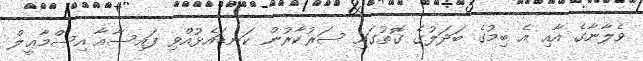
ވެލާނާގެ އާއި އެ ބިމުގެ ބަދަލުގެ ގޮތުގައި ސަރުކާރުން ކަނޑައެޅުއްވި ފައިސާއާ އިސްމާޢީލް